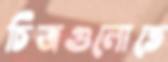
চিত্রগুলোতে